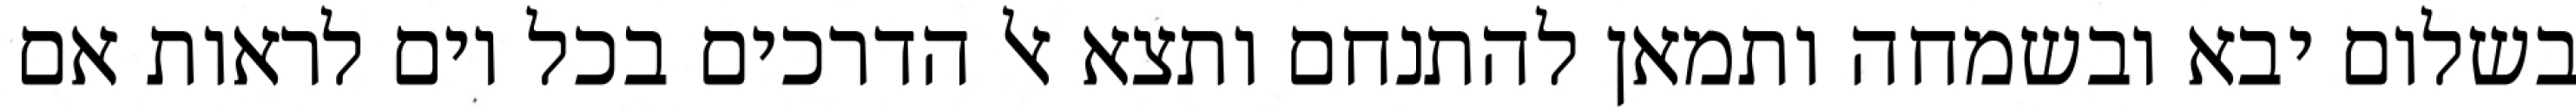
בשלום יבא ובשמחה ותמאן להתנחם ותצא אל הדרכים בכל יום לראות אם